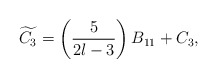
\begin{align*}\widetilde{C_3} =\left(\frac{5}{2l-3}\right)B_{11}+C_3,\end{align*}